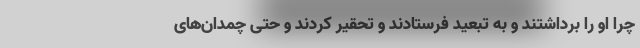
چرا او را برداشتند و به تبعید فرستادند و تحقیر کردند و حتی چمدان‌های